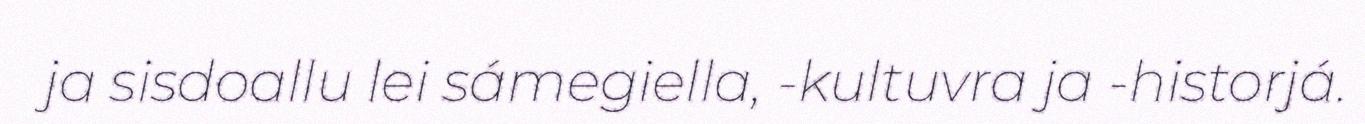
ja sisdoallu lei sámegiella, -kultuvra ja -historjá.